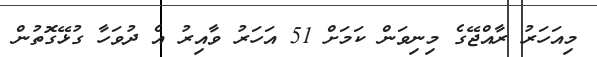
މިއަހަރު ރާއްޖޭގެ މިނިވަން ކަމަށް 51 އަހަރު ވާއިރު އެ ދުވަހާ ގުޅޭގޮތުން